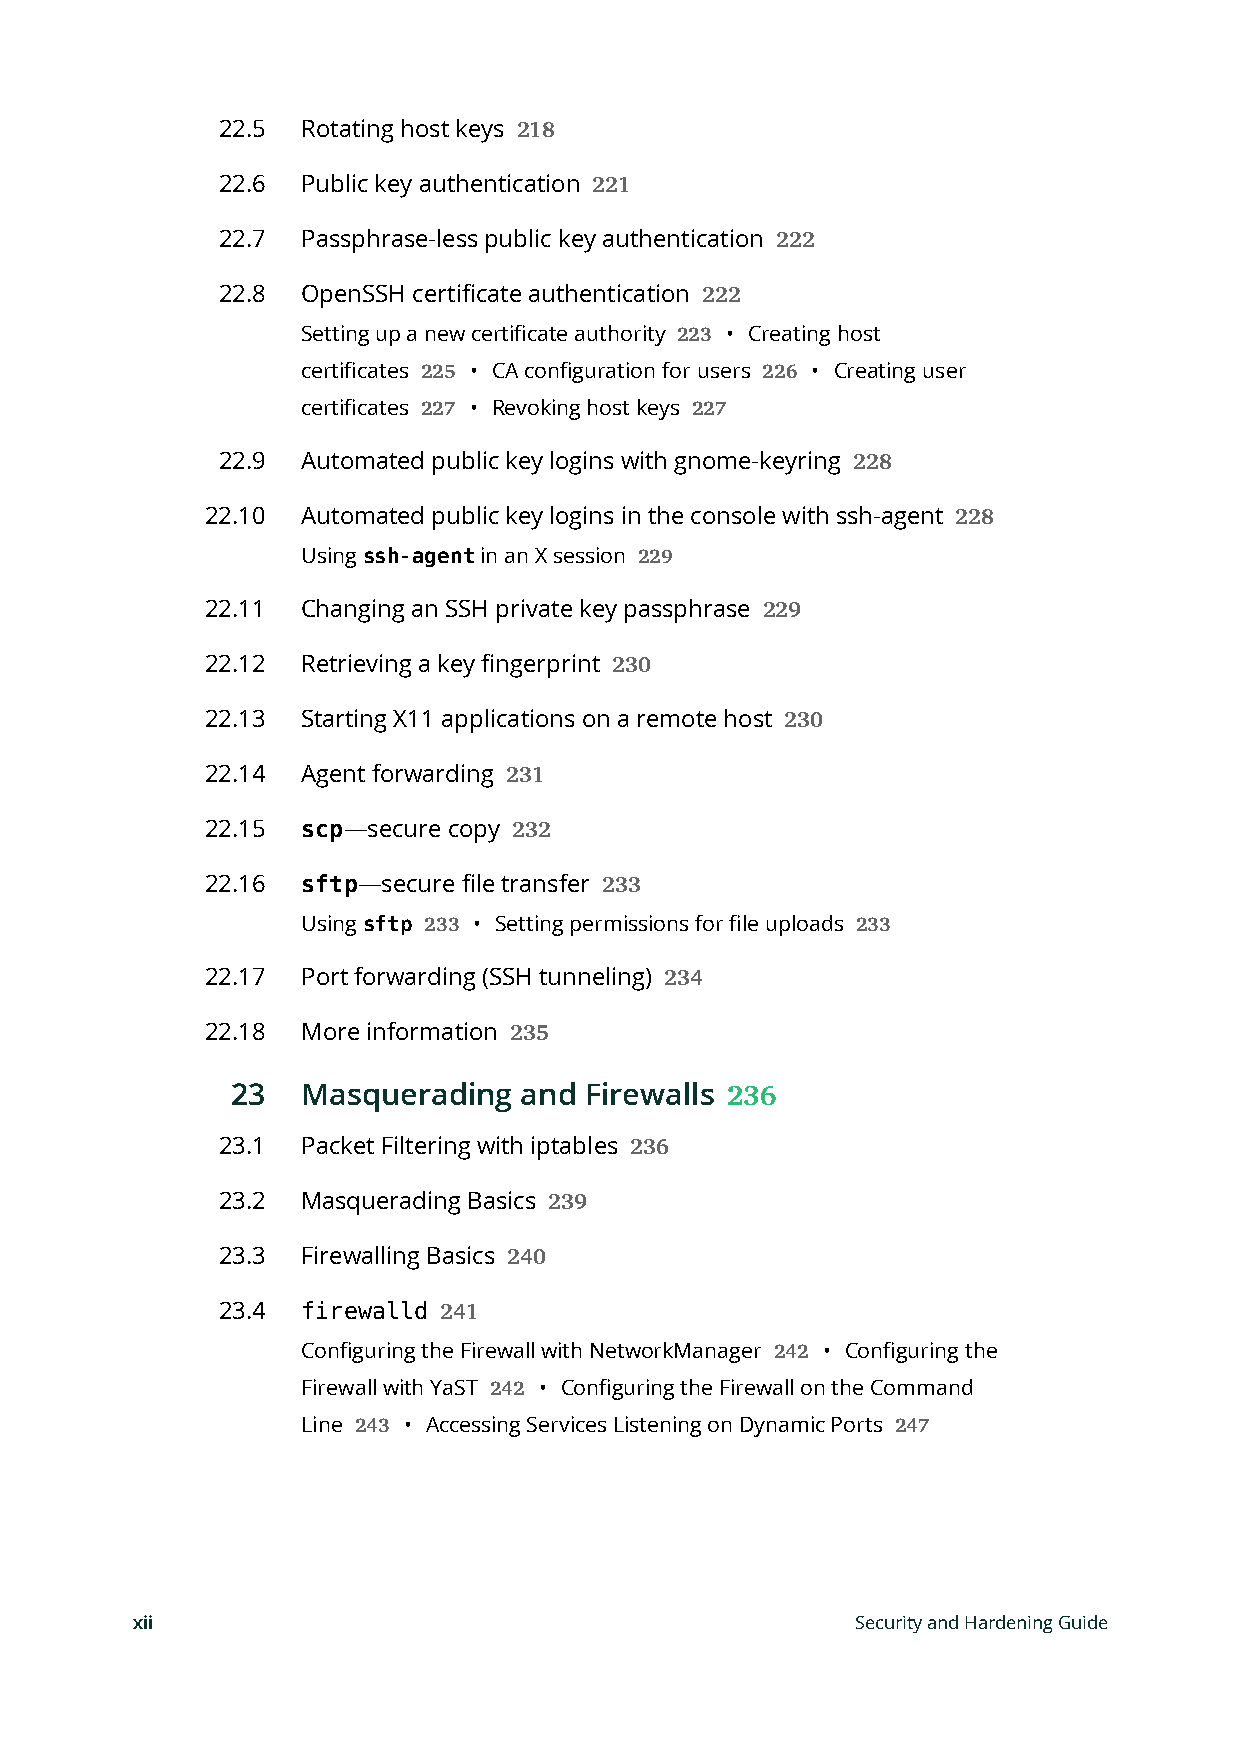
22.5  Rotating host keys
 218
 22.6  Public key authentication
 221
 22.7  Passphrase-less public key authentication
 222
 22.8  OpenSSH certificate authentication
 222
 Setting up a new certificate authority • Creating host
 223
 certificates • CA configuration for users • Creating user
 225                   226
 certificates • Revoking host keys
 227               227
 22.9  Automated public key logins with gnome-keyring
 228
 22.10 Automated public key logins in the console with ssh-agent
 228
 Using ssh-agent in an X session 229
 22.11 Changing an SSH private key passphrase
 229
 22.12 Retrieving a key fingerprint
 230
 22.13 Starting X11 applications on a remote host
 230
 22.14 Agent forwarding
 231
 22.15 scp—secure copy
 232
 22.16 sftp—secure file transfer
 233
 Using sftp 233 • Setting permissions for file uploads 233
 22.17 Port forwarding (SSH tunneling)
 234
 22.18 More information
 235
 23   Masquerading  and  Firewalls
 236
 23.1  Packet Filtering with iptables
 236
 23.2  Masquerading Basics
 239
 23.3  Firewalling Basics
 240
 23.4  firewalld 241
 Configuring the Firewall with NetworkManager • Configuring the
 242
 Firewall with YaST • Configuring the Firewall on the Command
 242
 Line   • Accessing Services Listening on Dynamic Ports
 243                                 247
 xii                                             Security and Hardening Guide